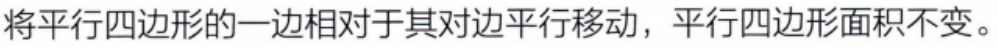
将平行四边形的一边相对于其对边平行移动，平行四边形面积不变。